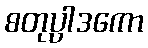
စတုပ္ပါဒကော